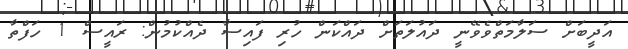
އަދީބަށް ސަލާމަތްވެވޭނީ ދައުލަތަށް ދައްކަން ހުރި ފައިސާ ދެއްކުމުން: ރައީސް 1 ހަފްތާ